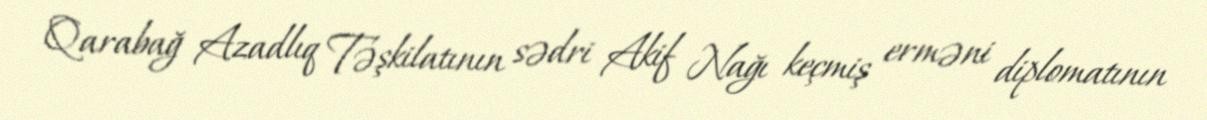
Qarabağ Azadlıq Təşkilatının sədri Akif Nağı keçmiş erməni diplomatının